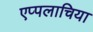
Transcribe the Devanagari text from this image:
एप्पलाचिया